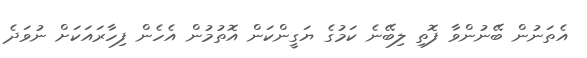
އެތަނުން ބޭނުންވާ ފޮތި ލިބޭނެ ކަމުގެ ޔަގީންކަން އޮތުމުން އެހެން ފިހާރައަކަށް ނުވަދެ